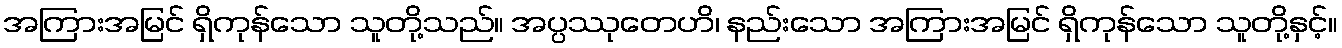
အကြားအမြင် ရှိကုန်သော သူတို့သည်။ အပ္ပဿုတေဟိ၊ နည်းသော အကြားအမြင် ရှိကုန်သော သူတို့နှင့်။